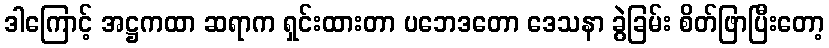
ဒါကြောင့် အဋ္ဌကထာ ဆရာက ရှင်းထားတာ ပဘေဒတော ဒေသနာ ခွဲခြမ်း စိတ်ဖြာပြီးတော့